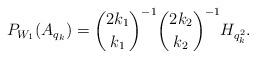
LaTeX: \begin{align*}P_{W_1}(A_{q_k})=\binom{2k_1}{k_1}^{-1}\binom{2k_2}{k_2}^{-1} H_{q_k^2}.\end{align*}